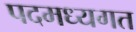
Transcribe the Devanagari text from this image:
पदमध्यगत